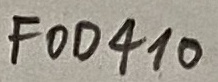
Text: FOD410